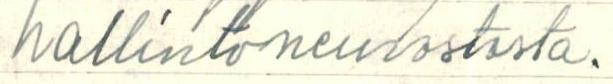
hallintoneuvostosta.